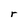
Character: r